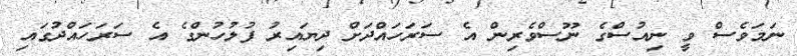
ނަމަވެސް ވީ ނިއުސްގެ ނޫސްވެރިން އެ ސަރަހައްދަށް ދިޔައިރު ފުލުހުންގެ އެ ސަރަހައްދުގައި